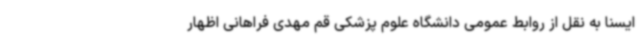
ایسنا به نقل از روابط عمومی دانشگاه علوم پزشکی قم مهدی فراهانی اظهار